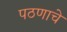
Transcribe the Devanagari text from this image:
पठणाचे